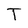
Character: T